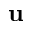
{ \bf u }